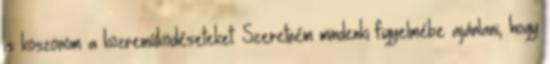
is köszönöm a közreműködéseteket. Szeretném mindenki figyelmébe ajánlani, hogy